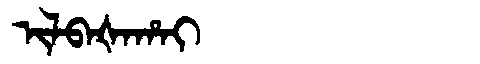
Manchu: ᡳᠯᠪᠠᡧᠠᡥᠠᡳ
Romanization: ILBAŠAHAI